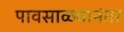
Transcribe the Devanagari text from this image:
पावसाळयानंतर